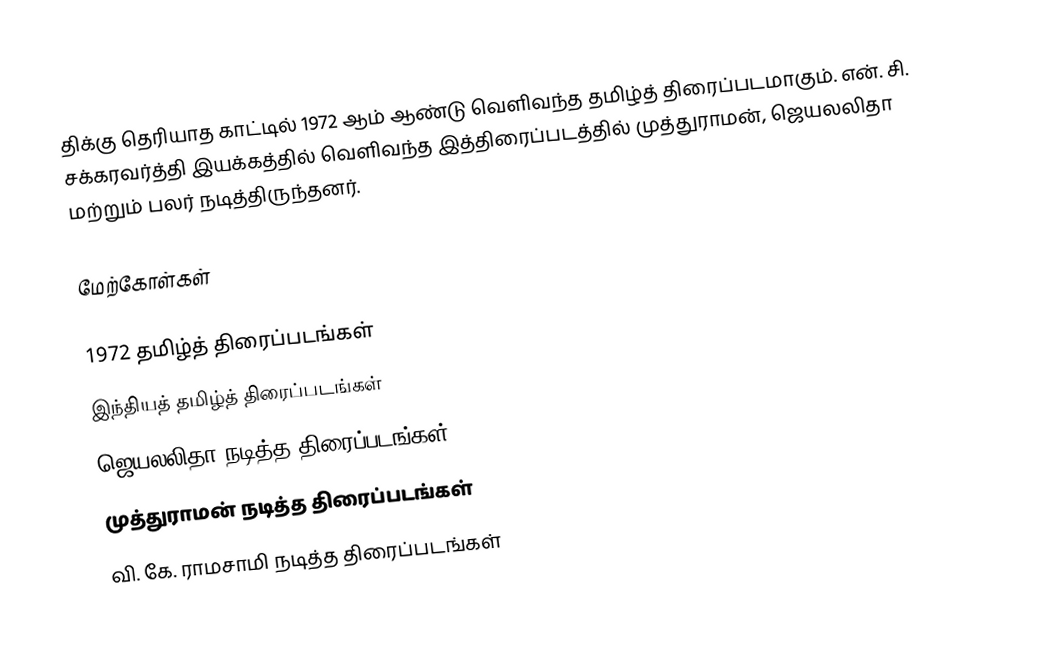
திக்கு தெரியாத காட்டில் 1972 ஆம் ஆண்டு வெளிவந்த தமிழ்த் திரைப்படமாகும். என். சி. சக்கரவர்த்தி இயக்கத்தில் வெளிவந்த இத்திரைப்படத்தில் முத்துராமன், ஜெயலலிதா மற்றும் பலர் நடித்திருந்தனர்.

மேற்கோள்கள்

1972 தமிழ்த் திரைப்படங்கள்
இந்தியத் தமிழ்த் திரைப்படங்கள்
ஜெயலலிதா நடித்த திரைப்படங்கள்
முத்துராமன் நடித்த திரைப்படங்கள்
வி. கே. ராமசாமி நடித்த திரைப்படங்கள்